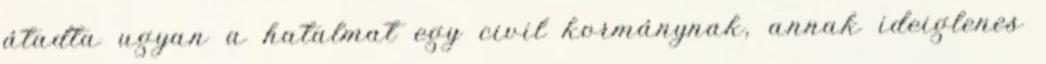
átadta ugyan a hatalmat egy civil kormánynak, annak ideiglenes